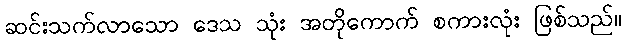
ဆင်းသက်လာသော ဒေသ သုံး အတိုကောက် စကားလုံး ဖြစ်သည်။